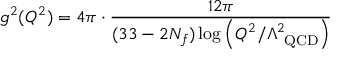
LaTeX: g ^ { 2 } ( Q ^ { 2 } ) = 4 \pi \cdot \frac { 1 2 \pi } { \displaystyle ( 3 3 - 2 N _ { f } ) \log \left( Q ^ { 2 } / \Lambda _ { \mathrm { \small ~ Q C D } } ^ { 2 } \right) }